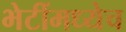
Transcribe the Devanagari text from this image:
भेटींमध्येच